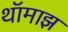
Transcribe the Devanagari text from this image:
थॉमाझ